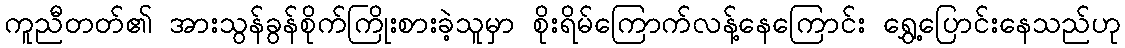
ကူညီတတ်၏ အားသွန်ခွန်စိုက်ကြိုးစားခဲ့သူမှာ စိုးရိမ်ကြောက်လန့်နေကြောင်း ရွှေ့ပြောင်းနေသည်ဟု